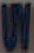
UV